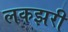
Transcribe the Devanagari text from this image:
लकझरी